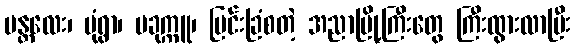
မန္တလေး၊ မုံရွာ၊ ပခုက္ကူ၊ မြင်းခြံစတဲ့ အညာမြို့ကြီးတွေ ကြီးထွားလာပြီး